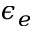
\epsilon _ { e }